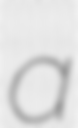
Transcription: a